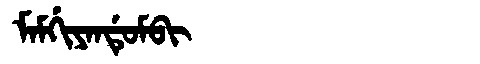
Manchu: ᠮᠠᠮᡤᡳᠶᠠᠨᡩᡠᠮᠪᡳ
Romanization: MAMGIYANDUMBI